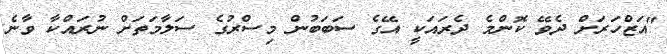
"އަޒްހަރަށް ދެވޭ ކޮންމެ ދެރައަކީ އޭގެ ސަބަބުން މިސްރުގެ ސަލާމަތަށް ނުރައްކާ ވާނެ